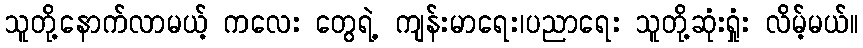
သူတို့နောက်လာမယ့် ကလေး တွေရဲ့ ကျန်းမာရေး၊ပညာရေး သူတို့ဆုံးရှုံး လိမ့်မယ်။